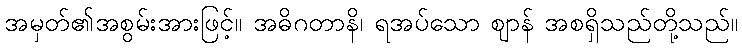
အမှတ်၏အစွမ်းအားဖြင့်။ အဓိဂတာနိ၊ ရအပ်သော ဈာန် အစရှိသည်တို့သည်။